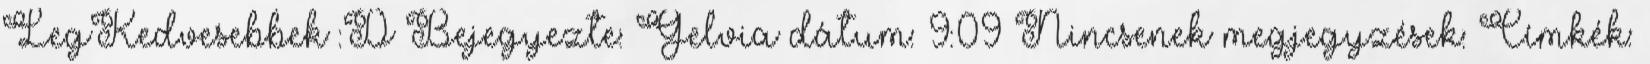
LegKedvesebbek :D Bejegyezte: Gelvia dátum: 9:09 Nincsenek megjegyzések: Címkék: